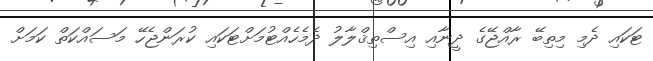
ޓަކައި ދެމި މިތިބޭ ރާއްޖޭގެ ދީނާއި އިސްތިޤްލާލު ދެމެހެއްޓުމަށްޓަކައި ކުރަންޖެހޭ މަސައްކަތް ކަމަށް